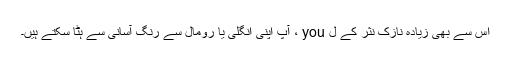
اس سے بھی زیادہ نازک نثر کے ل you ، آپ اپنی انگلی یا رومال سے رنگ آسانی سے ہٹا سکتے ہیں۔